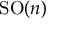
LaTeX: { \mathrm { S O } } ( n )